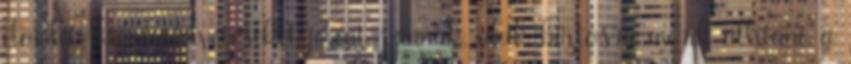
elméleti kérdésfelvetéseket jelent, vannak, akik biztosra merik állítani, a